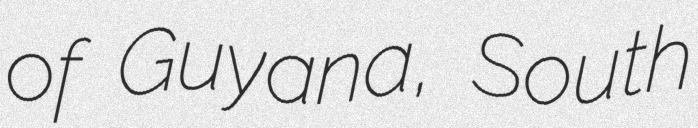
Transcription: of Guyana, South